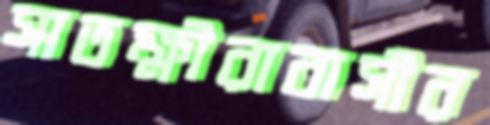
সাতক্ষীরাবাসীর